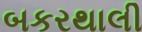
બકરથાલી